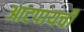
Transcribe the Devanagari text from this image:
आटपायची